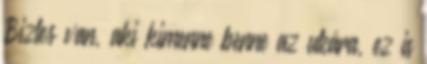
Biztos van, aki kimenne benne az utcára, ez is